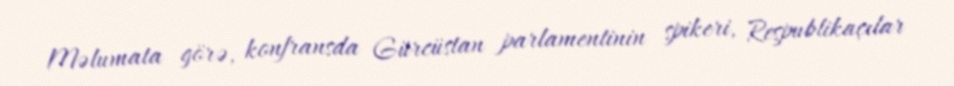
Məlumata görə, konfransda Gürcüstan parlamentinin spikeri, Respublikaçılar